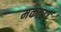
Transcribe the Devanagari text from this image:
मकार।